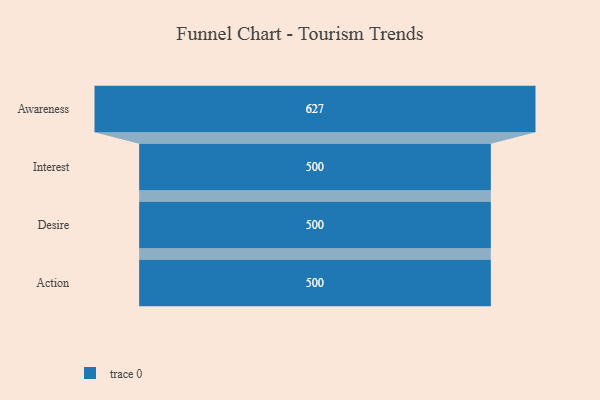
{"axis": {"x": "Stage", "y": "Value"}, "legend": [""], "data": [{"x": "Awareness", "y": 627.0, "type": ""}, {"x": "Interest", "y": 500, "type": ""}, {"x": "Desire", "y": 500, "type": ""}, {"x": "Action", "y": 500, "type": ""}]}